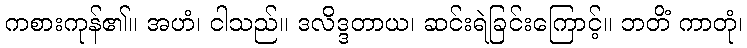
ကစားကုန်၏။ အဟံ၊ ငါသည်။ ဒလိဒ္ဒတာယ၊ ဆင်းရဲခြင်းကြောင့်။ ဘတိံ ကာတုံ၊